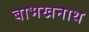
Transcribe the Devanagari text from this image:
बाभखनाथ